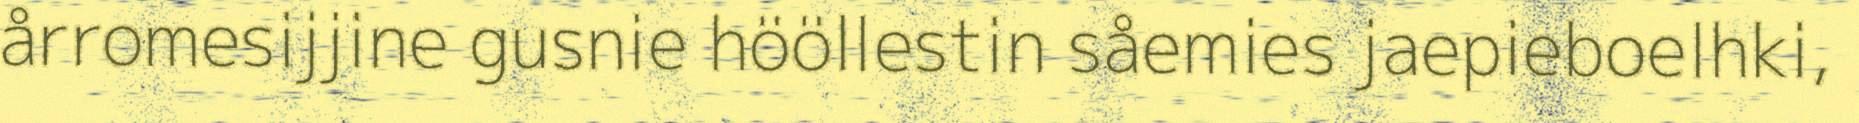
årromesijjine gusnie hööllestin såemies jaepieboelhki,